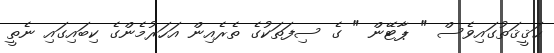
ޙަޤީޤަތުގައިވެސް " ޕާޓޭން " ގެ ސިފަތަކުގެ ތެރެއިން އަހަރުމެންގެ ކިބައިގައި ނެތީ